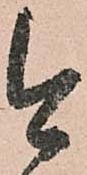
今